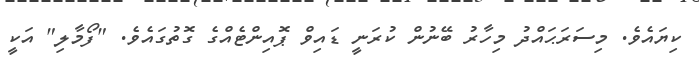
ކިޔައެވެ. މިސަރަޙައްދު މިހާރު ބޭނުން ކުރަނީ ޑައިވް ޕޮއިންޓެއްގެ ގޮތުގައެވެ. "ފޯމާލި" އަކީ